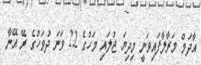
އާދަމް މަރާލާފައިވަނީ މިދިޔަ ޖުލައި މަހުގެ 22 ވަނަ ދުވަހުގެ ރޭ އޭނާ